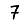
Digit: 7